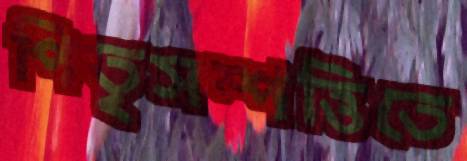
পিতৃসম্পত্তিতে